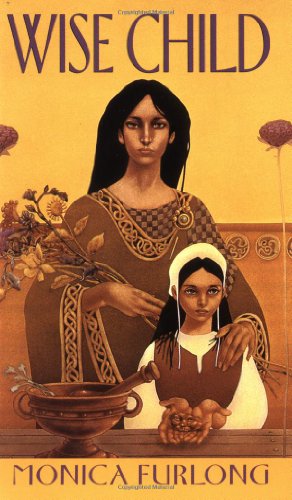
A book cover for Wise Child; Monica Furlong; Children's Books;